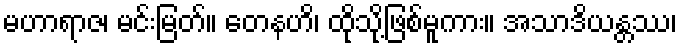
မဟာရာဇ၊ မင်းမြတ်။ တေနဟိ၊ ထိုသို့ဖြစ်မူကား။ အသာဒိယန္တဿ၊